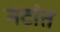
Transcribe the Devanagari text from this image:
नटांत